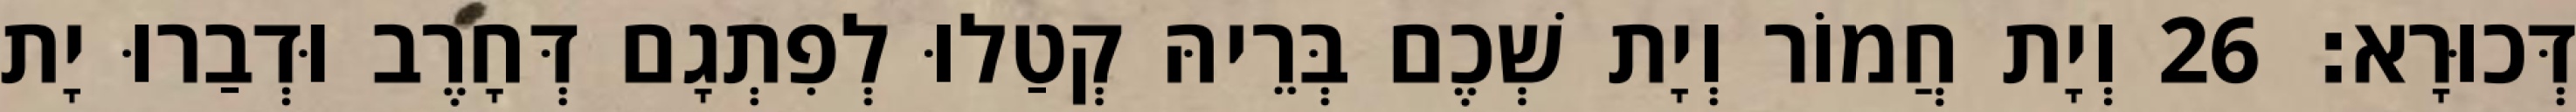
דְּכוּרָא׃ 26 וְיָת חֲמוֹר וְיָת שְׁכֶם בְּרֵיהּ קְטַלוּ לְפִתְגָם דְּחָרֶב וּדְבַרוּ יָת